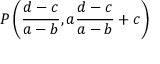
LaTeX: P \left( { \frac { d - c } { a - b } } , a { \frac { d - c } { a - b } } + c \right)